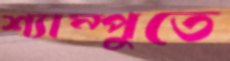
শ্যাম্পুতে